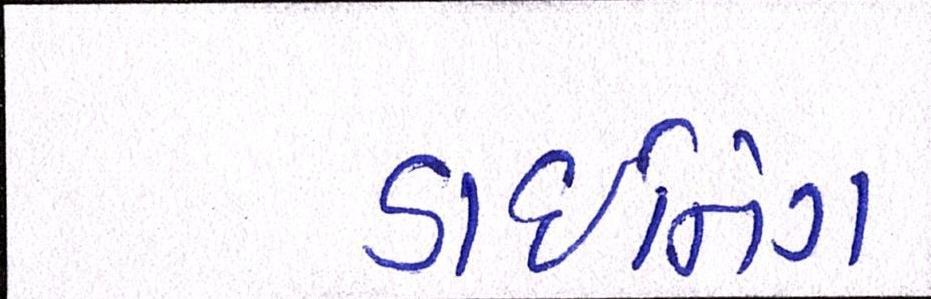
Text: ડાઈનિંગ